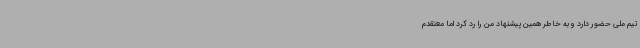
تیم ملی حضور دارد و به خاطر همین پیشنهاد من را رد کرد اما معتقدم